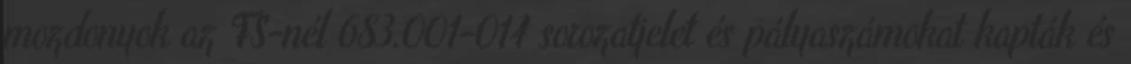
mozdonyok az FS-nél 683.001-014 sorozatjelet és pályaszámokat kapták és